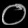
Digit: ၀